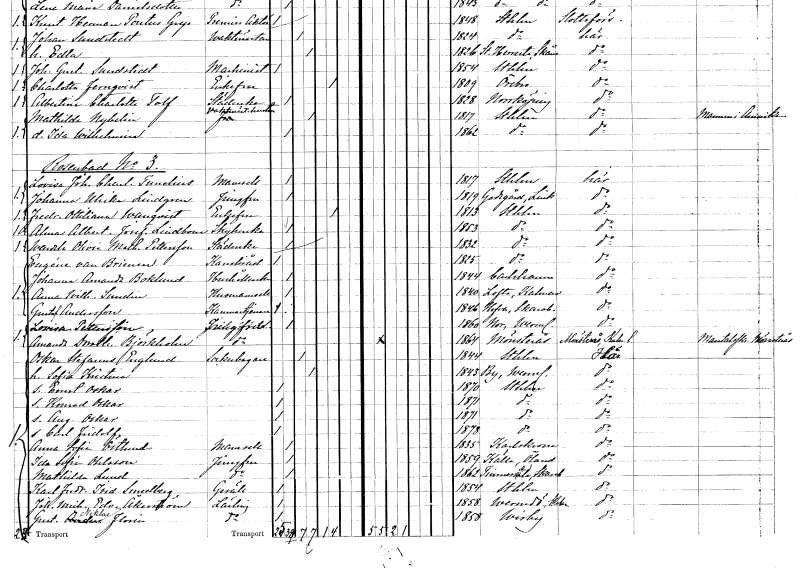
gt_parse: households: individuals: FN: Lovisa Johanna Charlotta
EN: Tunelius
KON: K
CIV: O
FODAR: 1817
FODFORS: Stockholm
FN: Johanna Ulrika
EN: Lindgren
YRKE: Jungfru
KON: K
CIV: O
FODAR: 1819
FODFORS: Godegård Östergötlands län
FN: Fredrika Ottiliana
EN: Wanqvist
KON: K
CIV: E
FODAR: 1813
FODFORS: Stockholm
FN: Alma Albertina Josefina
EN: Lindbom
YRKE: Strykerska
KON: K
CIV: O
FODAR: 1853
FODFORS: Stockholm
FN: Wendela Olivia Mathilda
EN: Pettersson
YRKE: Städerska
KON: K
CIV: O
FODAR: 1832
FODFORS: Stockholm
FN: Eugéne
EN: van Brienen
YRKE: Kansliråd
KON: M
CIV: O
FODAR: 1825
FODFORS: Stockholm
FN: Johanna Amanda
EN: Boklund
YRKE: Hushållerska
KON: K
CIV: O
FODAR: 1844
FODFORS: Karlshamn Blekinge län
FN: Anna Wilhelmina
EN: Sundin
YRKE: Husmamsell
KON: K
CIV: O
FODAR: 1840
FODFORS: Lofta Kalmar län
FN: Gustaf
EN: Andersson
YRKE: Kammartjänare
KON: M
CIV: O
FODAR: 1846
FODFORS: Hova Skaraborgs län
FN: Lovisa
EN: Pettersson
YRKE: Jungfru
KON: K
CIV: O
FODAR: 1860
FODFORS: Nor Värmlands län
FN: Amanda Dorothea
EN: Björkholm
YRKE: Jungfru
KON: K
CIV: O
FODAR: 1864
FODFORS: Mönsterås Kalmar län
FN: Oskar Stefanus
EN: Englund
YRKE: Sockerbagare
KON: M
CIV: G
FODAR: 1844
FODFORS: Stockholm
FN: Sofia Kristina
KON: K
CIV: G
FODAR: 1843
FODFORS: By Värmlands län
FN: Ernst Oskar
KON: M
CIV: O
FODAR: 1870
FODFORS: Stockholm
FN: Konrad Oskar
KON: M
CIV: O
FODAR: 1871
FODFORS: Stockholm
FN: August Oskar
KON: M
CIV: O
FODAR: 1871
FODFORS: Stockholm
FN: Carl Fridolf
KON: M
CIV: O
FODAR: 1878
FODFORS: Stockholm
FN: Anna Sofia
EN: Östlund
KON: K
CIV: O
FODAR: 1835
FODFORS: Karlskrona Blekinge län
FN: Ida Sofia
EN: Ohlsson
YRKE: Jungfru
KON: K
CIV: O
FODAR: 1859
FODFORS: Källa Kalmar län
FN: Mathilda
EN: Lund
YRKE: Jungfru
KON: K
CIV: O
FODAR: 1862
FODFORS: Timmersdala Skaraborgs län
FN: Karl Fredrik Isidor
EN: Smedberg
YRKE: Gesäll
KON: M
CIV: O
FODAR: 1854
FODFORS: Stockholm
FN: Johan Michael Edvard
EN: Åkerström
YRKE: Lärling
KON: M
CIV: O
FODAR: 1858
FODFORS: Värmdö Stockholms län
FN: Gustaf Niklas
EN: Florin
YRKE: Lärling
KON: M
CIV: O
FODAR: 1858
FODFORS: Visby Gotlands län